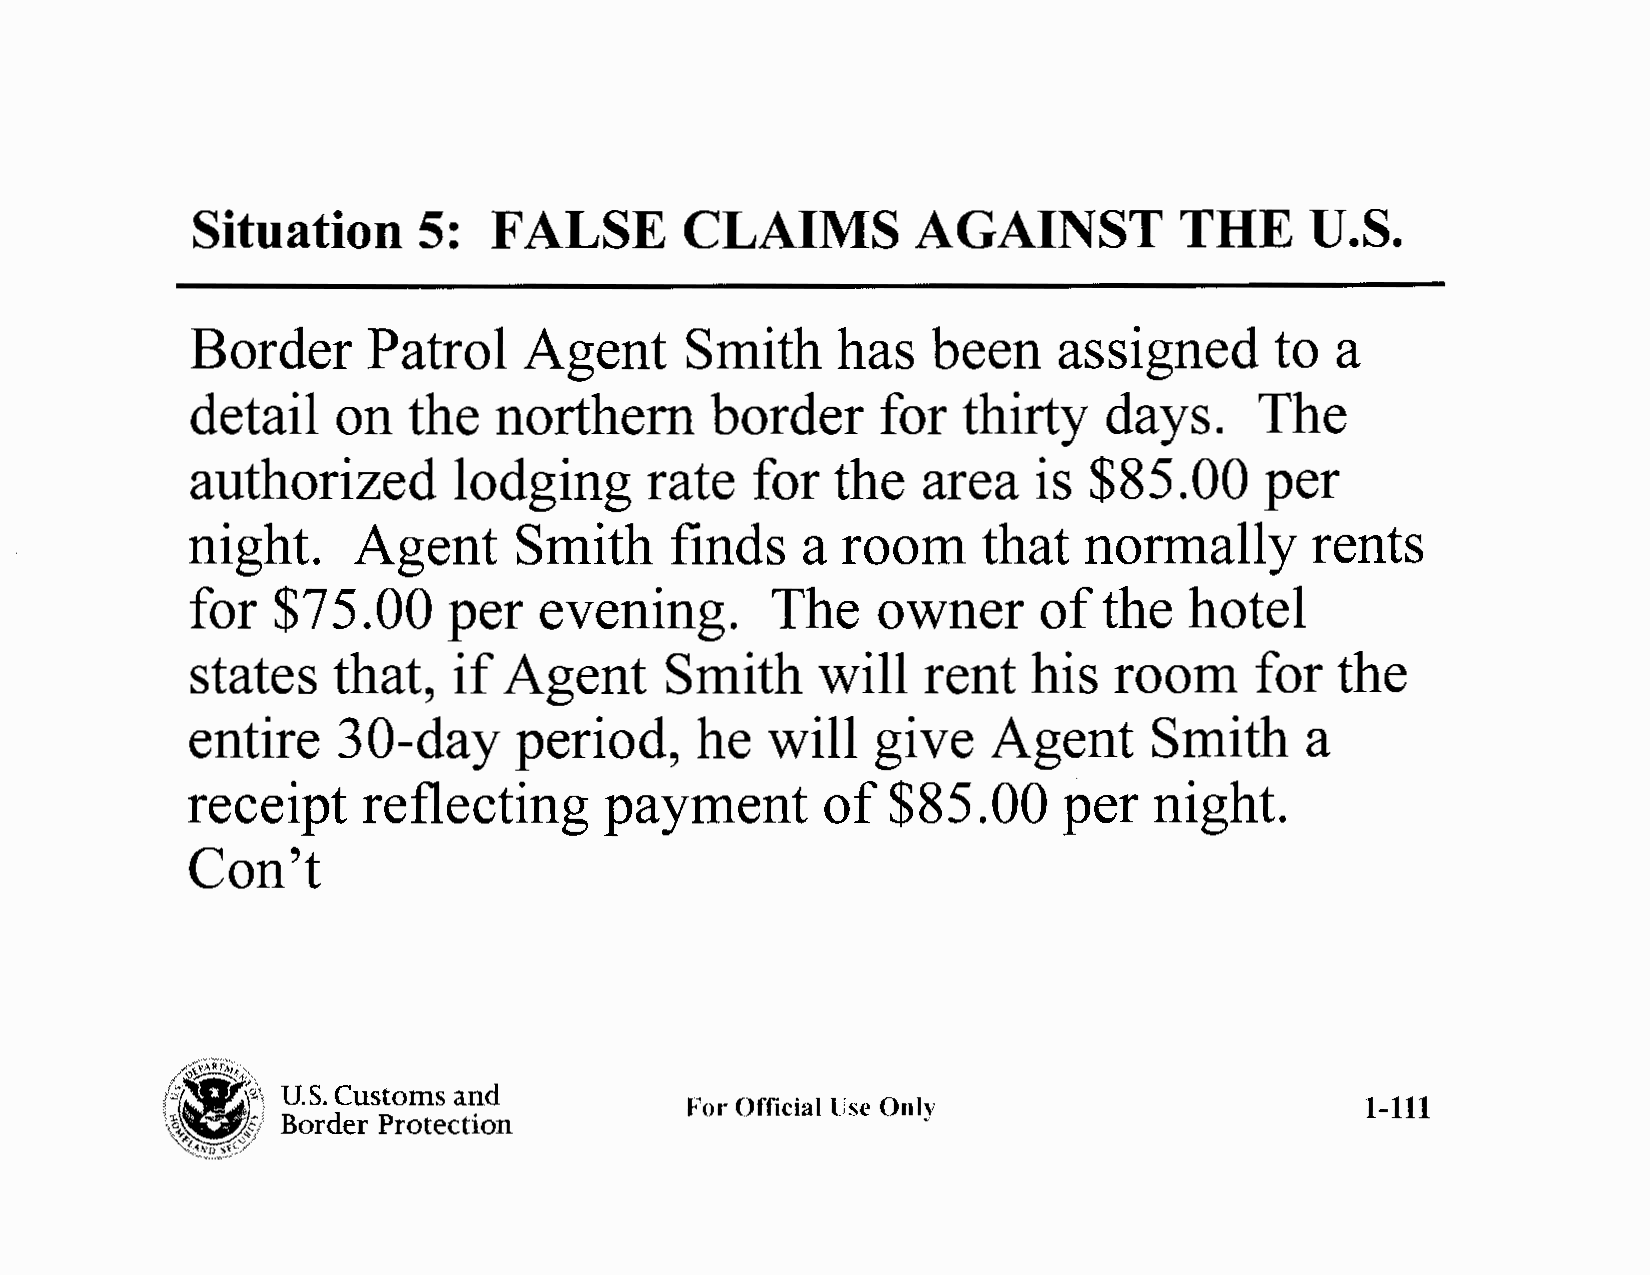
Situation      5:   FALSE       CLAIMS          AGAINST          THE      U.S.
 Border     Patrol     Agent     Smith     has    been    assigned      to  a
 detail   on   the   northern      border     for   thirty   days.     The
 authorized       lodging      rate   for  the   area   is  $85.00      per
 night.     Agent      Smith     finds    a  room     that   normally       rents
 for   $75.00      per   evening.       The    owner      of  the   hotel
 states    that,   if Agent      Smith     will   rent   his   room     for  the
 entire    30-day      period,     he   will   give   Agent      Smith     a
 receipt     reflecting      payment       of   $85.00     per   night.
 Con't
 U.S. Customs and
 For Official lJse Only                       1-111
 Border Protection